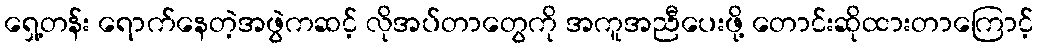
ရှေ့တန်း ရောက်နေတဲ့အဖွဲကဆင့် လိုအပ်တာတွေကို အကူအညီပေးဖို့ တောင်းဆိုထားတာကြောင့်